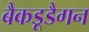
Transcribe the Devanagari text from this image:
बैकडूडैगन